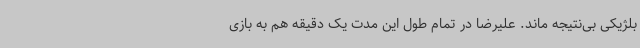
بلژیکی بی‌نتیجه ماند. علیرضا در تمام طول این مدت یک دقیقه هم به بازی